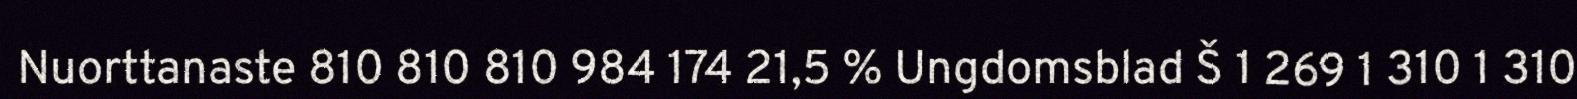
Nuorttanaste 810 810 810 984 174 21,5 % Ungdomsblad Š 1 269 1 310 1 310